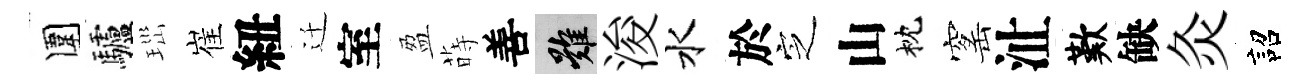
圍驢𤤼崔紐迁室盈蒔善難浚水於㝎山枕窰沚歎缺灸詔